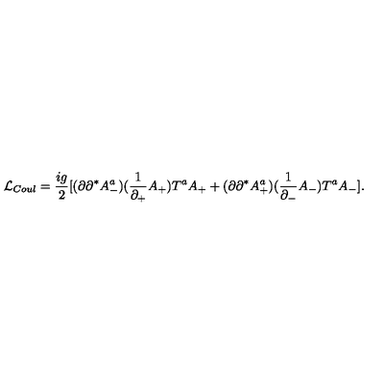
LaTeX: { \cal L } _ { C o u l } = \frac { i g } { 2 } [ ( \partial \partial ^ { * } A _ { - } ^ { a } ) ( \frac { 1 } { \partial _ { + } } A _ { + } ) T ^ { a } A _ { + } + ( \partial \partial ^ { * } A _ { + } ^ { a } ) ( \frac { 1 } { \partial _ { - } } A _ { - } ) T ^ { a } A _ { - } ] .